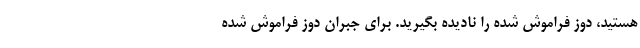
هستید، دوز فراموش شده را نادیده بگیرید. برای جبران دوز فراموش شده